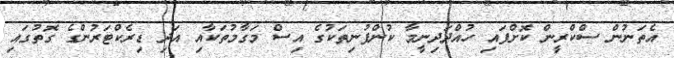
އެތަނުން ސްކްރީން ކޮށްފައި ހުއްދަދިނީމާ ކުންފުނިތަކުގެ އިސް މަގާމުތަކާއި އަދި ޑިރެކްޓަރުންގެ ގޮތުގައި